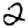
Digit: 2